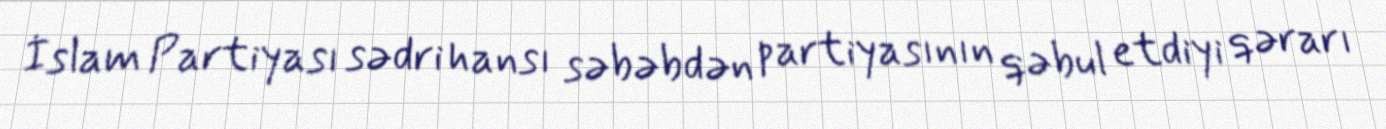
İslam Partiyası sədri hansı səbəbdən partiyasının qəbul etdiyi qərarı